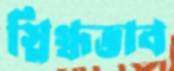
স্নিগ্ধভাব